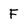
Character: F